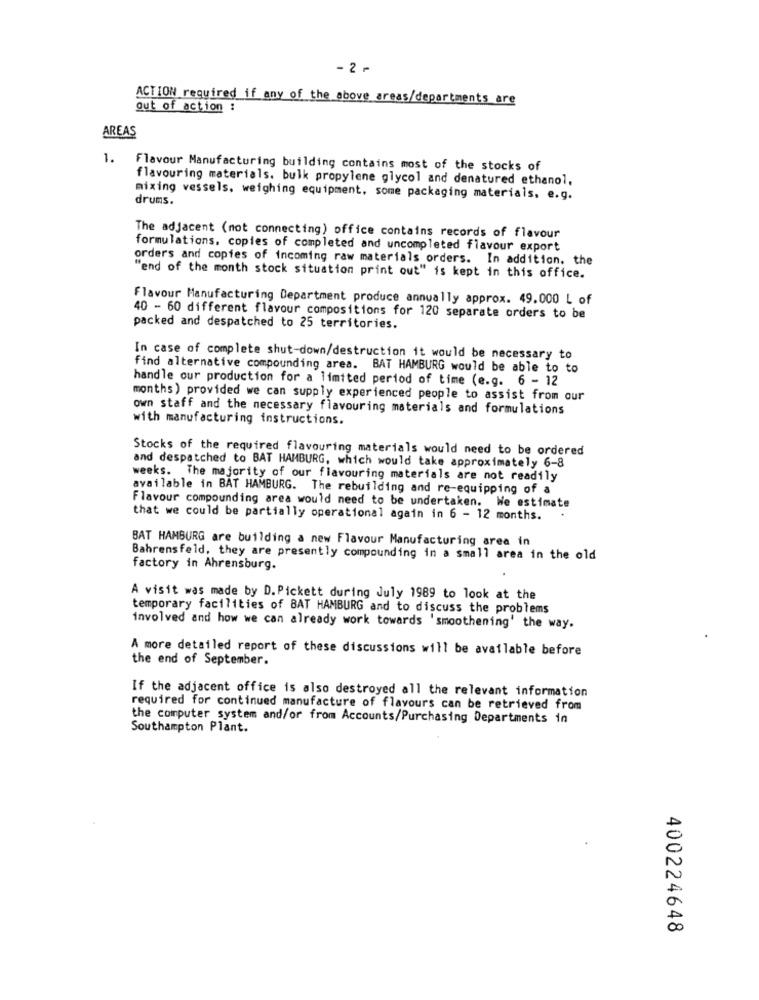
-2-
ACTION required if any of the above areas/departments are
out of action :
AREAS
1.
Flavour Manufacturing building contains most of the stocks of
flavouring materials. bulk propylene glycol and denatured ethanol,
drums.
mixing vessels, weighing equipment, some packaging materials, e.g.
The adjacent (not connecting) office contains records of flavour
formulations, copies of completed and uncompleted flavour export
orders and copies of incoming raw materials orders. In addition, the
"end of the month stock situation print out" is kept in this office.
Flavour Manufacturing Department produce annually approx. 49.000 L of
40 - 60 different flavour compositions for 120 separate orders to be
packed and despatched to 25 territories.
In case of complete shut-down/destruction it would be necessary to
find alternative compounding area. BAT HAMBURG would be able to to
handle our production for a limited period of time (e.g. 6 - 12
months) provided we can supply experienced people to assist from our
own staff and the necessary flavouring materials and formulations
with manufacturing instructions.
Stocks of the required flavouring materials would need to be ordered
and despatched to BAT HAMBURG, which would take approximately 6-8
weeks. The majority of our flavouring materials are not readily
available in BAT HAMBURG. The rebuilding and re-equipping of a
Flavour compounding area would need to be undertaken. We estimate
that we could be partially operational again in 6 - 12 months.
BAT HAMBURG are building a new Flavour Manufacturing area in
Bahrensfeld, they are presently compounding in a small area in the old
factory in Ahrensburg.
A visit was made by D. Pickett during July 1989 to look at the
temporary facilities of BAT HAMBURG and to discuss the problems
involved and how we can already work towards 'smoothening' the way.
A more detailed report of these discussions will be available before
the end of September.
If the adjacent office is also destroyed all the relevant information
required for continued manufacture of flavours can be retrieved from
the computer system and/or from Accounts/Purchasing Departments in
Southampton Plant.
400224648